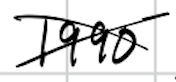
Text: 1990
Cross-out: cross
Writing tool: digital_black